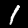
Digit: 1